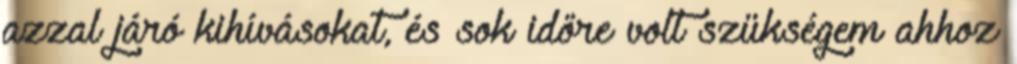
azzal járó kihívásokat, és sok időre volt szükségem ahhoz